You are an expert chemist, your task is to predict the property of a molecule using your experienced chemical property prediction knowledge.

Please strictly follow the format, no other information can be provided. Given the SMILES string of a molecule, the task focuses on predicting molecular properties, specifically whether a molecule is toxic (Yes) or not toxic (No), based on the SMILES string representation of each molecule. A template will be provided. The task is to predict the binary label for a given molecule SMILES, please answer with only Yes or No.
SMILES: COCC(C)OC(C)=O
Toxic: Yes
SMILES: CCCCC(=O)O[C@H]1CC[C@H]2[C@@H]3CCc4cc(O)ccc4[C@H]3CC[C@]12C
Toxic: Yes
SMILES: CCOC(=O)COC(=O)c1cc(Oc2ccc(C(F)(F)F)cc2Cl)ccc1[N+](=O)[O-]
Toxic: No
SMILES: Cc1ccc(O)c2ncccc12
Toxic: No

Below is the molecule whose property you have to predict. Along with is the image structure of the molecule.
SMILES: Cc1ncc(C[n+]2csc(CCO)c2C)c(N)n1
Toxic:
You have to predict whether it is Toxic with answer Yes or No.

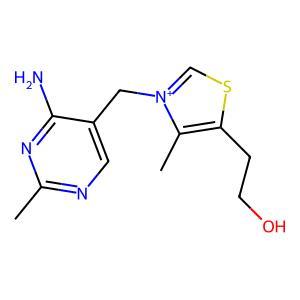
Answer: No